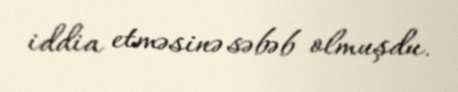
iddia etməsinə səbəb olmuşdu.